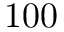
1 0 0